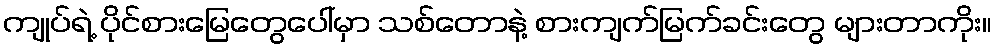
ကျုပ်ရဲ့ ပိုင်စားမြေတွေပေါ်မှာ သစ်တောနဲ့ စားကျက်မြက်ခင်းတွေ များတာကိုး။